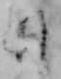
日